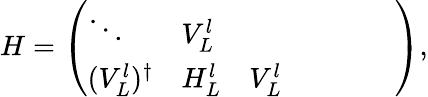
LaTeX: \begin{array}{r}{H=\left(\begin{array}{lllllll}{\ddots}&{V_{L}^{l}}&{}&{}&{}&{}&{}\\ {(V_{L}^{l})^{\dagger}}&{H_{L}^{l}}&{V_{L}^{l}}&{}&{}&{}&{}\end{array}\right),}\end{array}